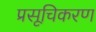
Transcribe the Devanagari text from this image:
प्रसूचिकरण